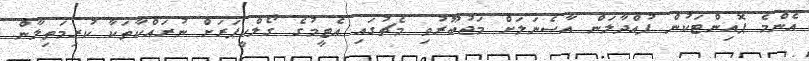
އެންމެ ޕޮއިންޓަކުން ފުއްދާލަން އާސެނަލަށް މަޖުބޫރުވި މެޗުގައި އެޓީމުގެ ގޯލްކީޕަރަށް ނުރައްކާތަކާ ކުރިމަތިލާން